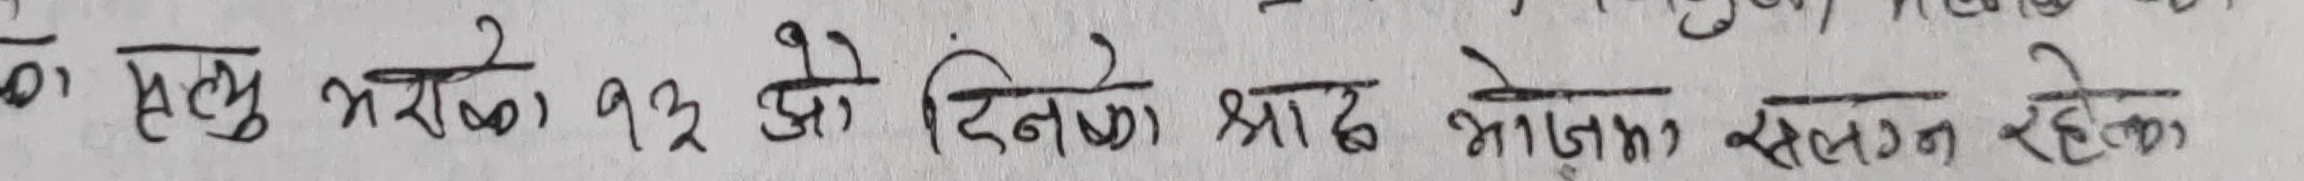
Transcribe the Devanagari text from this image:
को मृत्यु भएको १३ औं दिनको श्राद्ध भोजनमा संलग्न रहेको